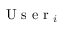
\mathrm { ~ U ~ s ~ e ~ r ~ } _ { i }